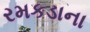
રમકડાના